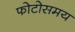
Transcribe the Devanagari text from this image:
फोटोसमय